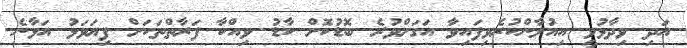
އަދި ވިދާޅުވީ އިއުލާންކުރެވިފައިވާ އަގަށްވުރެ ބޮޑުކޮށް ކާޑު ވިއްކާ ފަރާތްތަކަށް ފިޔަަވަޅު އަޅާނެ